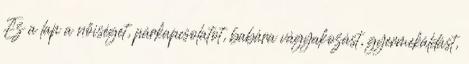
Ez a lap a nőiséget, párkapcsolatot, babára vágyakozást, gyermekáldást,